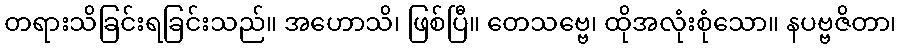
တရားသိခြင်းရခြင်းသည်။ အဟောသိ၊ ဖြစ်ပြီ။ တေသဗ္ဗေ၊ ထိုအလုံးစုံသော။ နပဗ္ဗဇိတာ၊